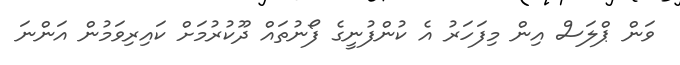
ވަން ޕްލަސް އިން މިފަހަރު އެ ކުންފުނީގެ ފޯނުތައް ދޫކުރުމަށް ކައިރިވަމުން އަންނަ